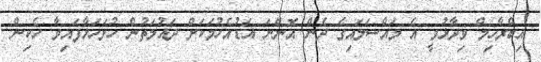
އިބްރާހިމް ވިދާޅުވީ އެ މައްސަލައިގެ ދެން އޮންނަ އަޑުއެހުމަކަށް ދައުލަތުން ހުށަހަޅާފައިވާ ހެކިން